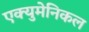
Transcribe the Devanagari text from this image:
एक्युमेनिकल